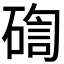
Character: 𥔀